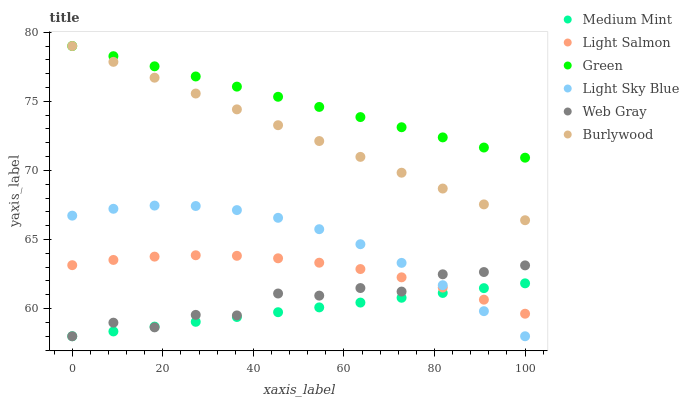
| xaxis_label | Medium Mint | Light Salmon | Green | Light Sky Blue | Web Gray | Burlywood |
 | --- | --- | --- | --- | --- | --- | --- |
 | 0 | 58 | 63.1 | 79 | 66.7 | 58 | 79 |
 | 9.09 | 58.3 | 63.5 | 78.3 | 67.2 | 59 | 77.9 |
 | 18.2 | 58.7 | 63.8 | 77.5 | 67.5 | 58.6 | 76.7 |
 | 27.3 | 59 | 63.9 | 76.8 | 67.4 | 59.5 | 75.6 |
 | 36.4 | 59.4 | 63.8 | 76.1 | 67.1 | 59.5 | 74.4 |
 | 45.5 | 59.7 | 63.6 | 75.3 | 66.6 | 61.1 | 73.3 |
 | 54.5 | 60.1 | 63.3 | 74.6 | 65.7 | 60.9 | 72.1 |
 | 63.6 | 60.4 | 62.9 | 73.9 | 64.7 | 61.5 | 71 |
 | 72.7 | 60.8 | 62.3 | 73.1 | 63.3 | 61.2 | 69.8 |
 | 81.8 | 61.1 | 61.5 | 72.4 | 61.7 | 62.5 | 68.7 |
 | 90.9 | 61.5 | 60.6 | 71.7 | 59.8 | 62.6 | 67.5 |
 | 100 | 61.8 | 59.6 | 70.9 | 58 | 63.1 | 66.4 |